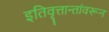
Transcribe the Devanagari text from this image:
इतिवृत्तान्तांवरून